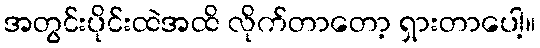
အတွင်းပိုင်းထဲအထိ လိုက်တာတော့ ရှားတာပေါ့။